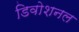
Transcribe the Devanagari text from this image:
डिवोशनल